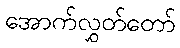
အောက်လွှတ်တော်